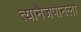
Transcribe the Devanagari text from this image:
त्यानेजपानला